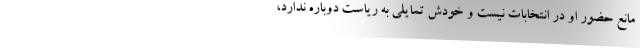
مانع حضور او در انتخابات نیست و خودش تمایلی به ریاست دوباره ندارد،